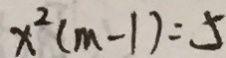
x ^ { 2 } ( m - 1 ) = 5